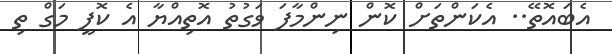
އެބައޮތޭ.. އެކަންތަށް ކޮން ނިންމާފަ ވަގުތު އޮތިއްޔާ އެ ކޮފީ މަގް ތި